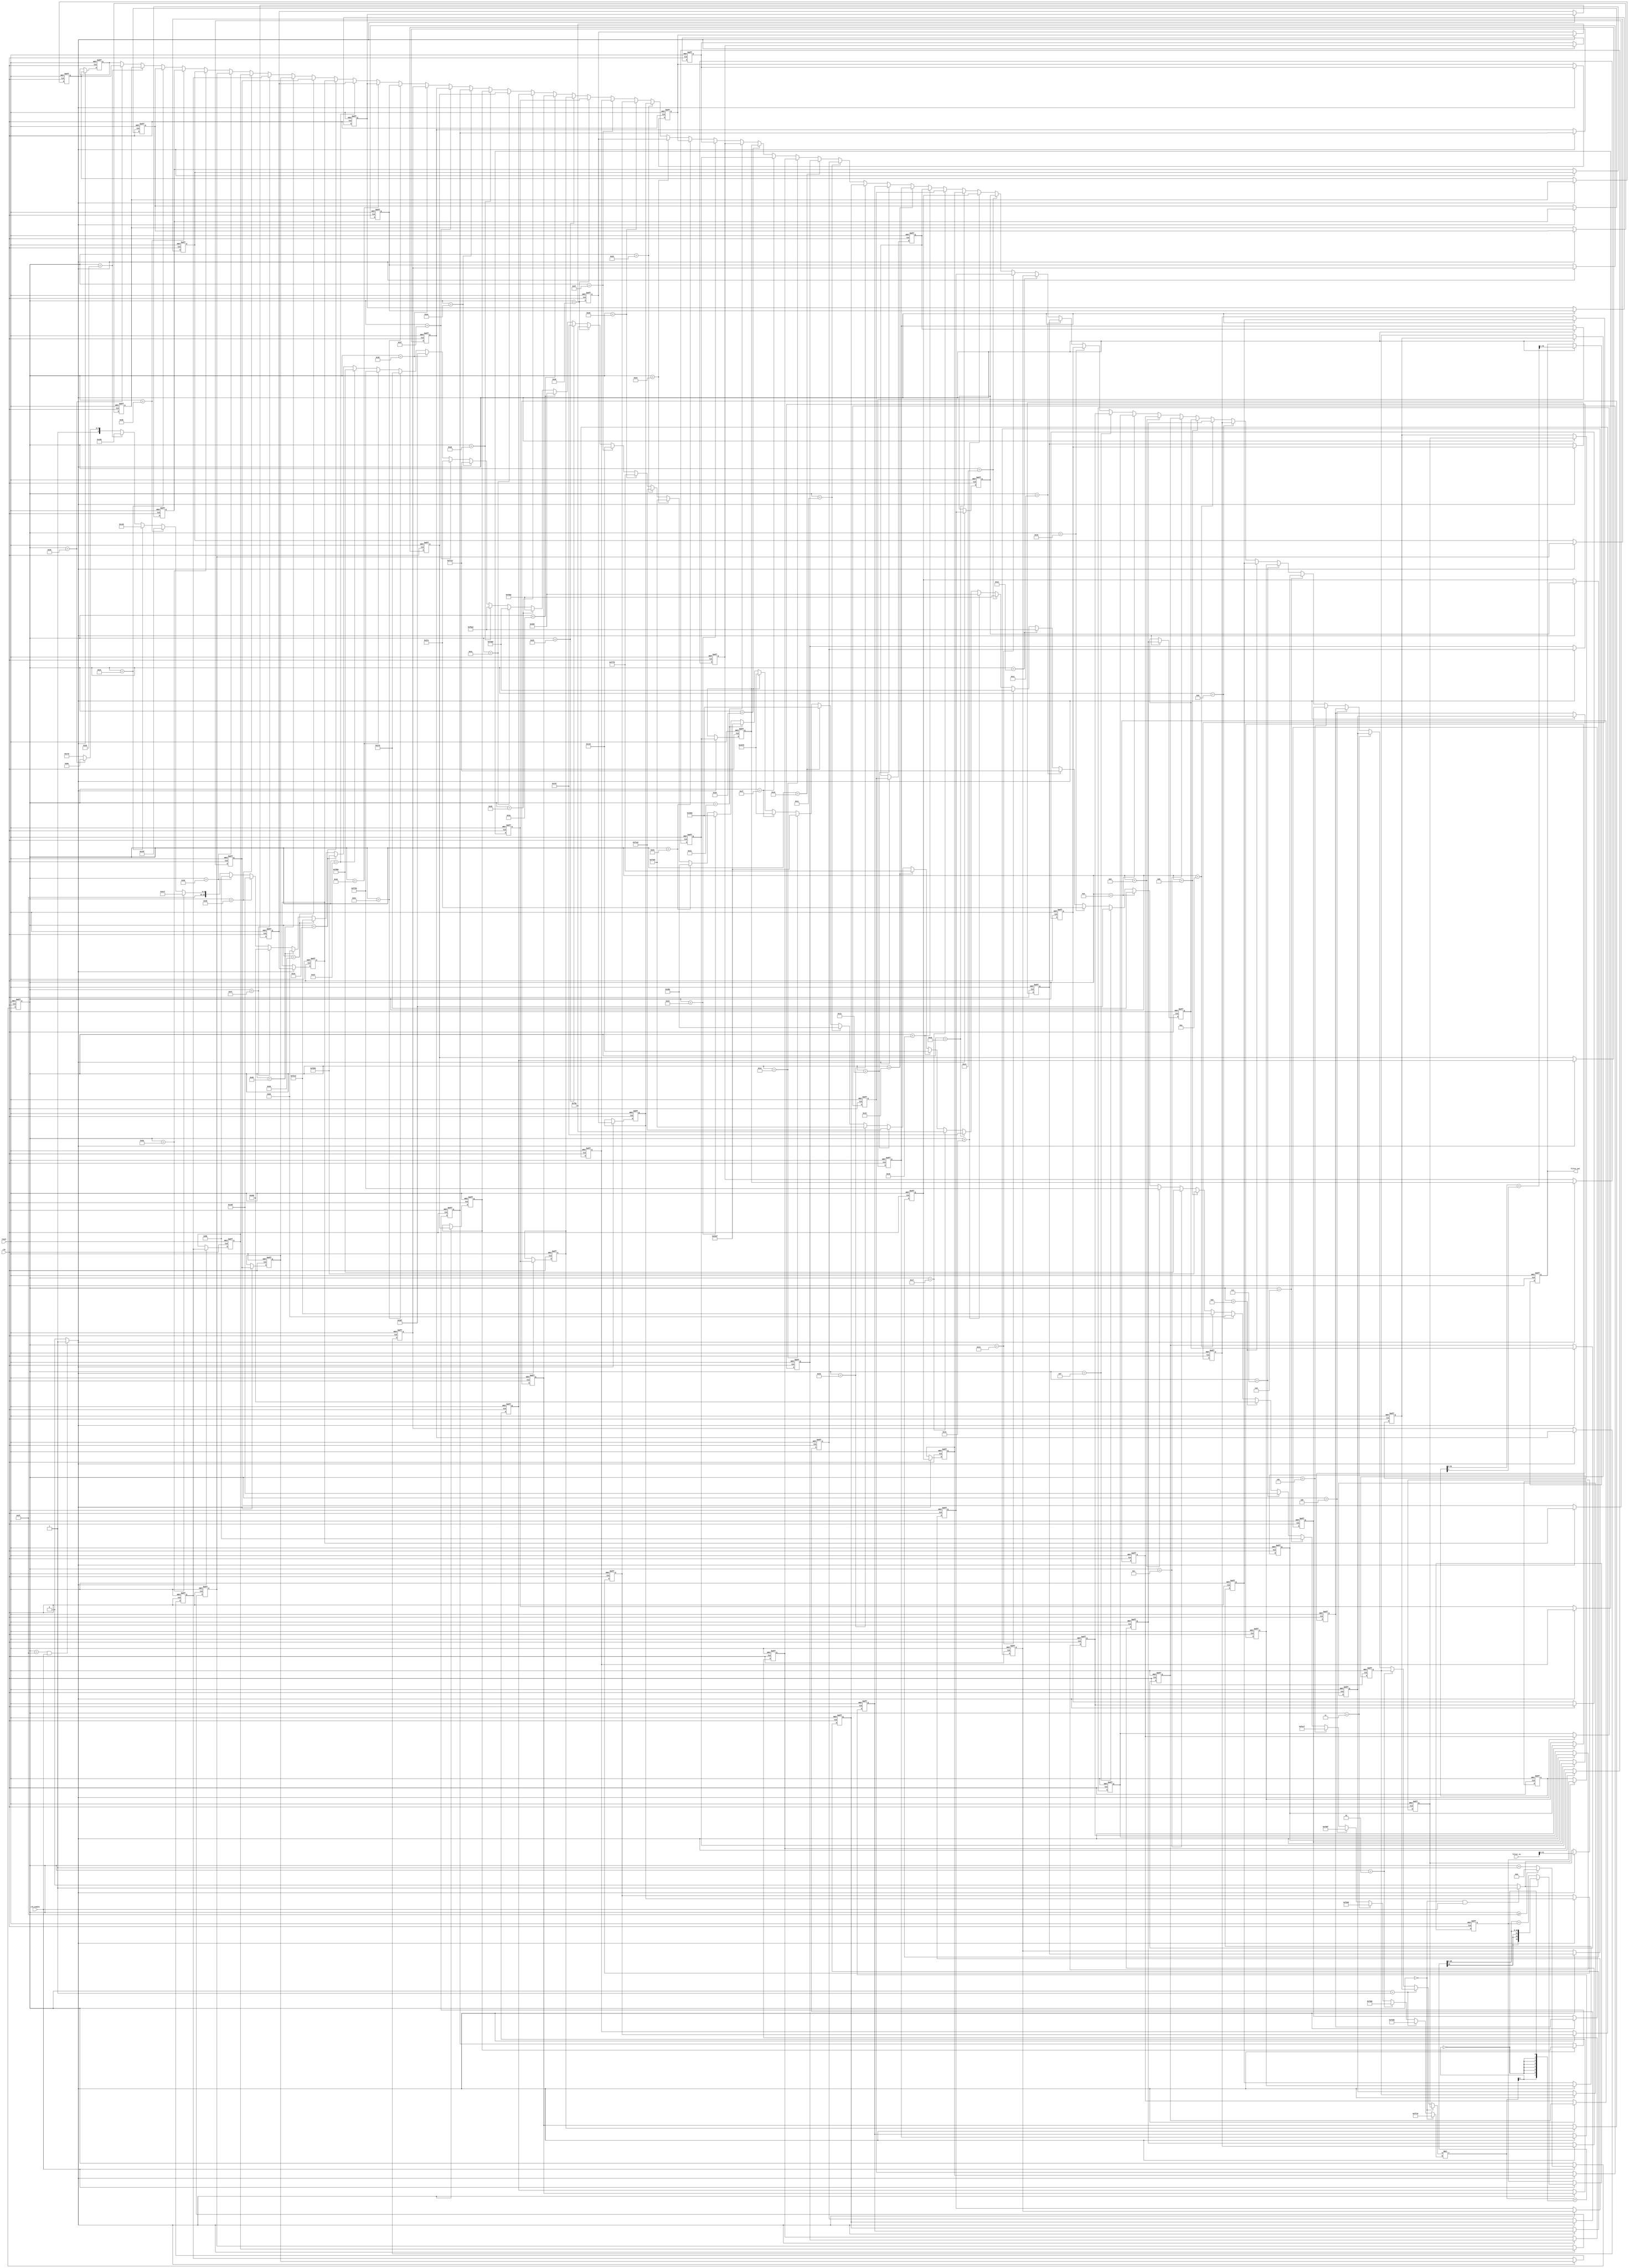
// -------------------------------------------------------------
//
// Module: filterS
// Generated by MATLAB(R) 9.9 and Filter Design HDL Coder 3.1.8.
// Generated on: 2022-11-29 16:16:36
// -------------------------------------------------------------

// -------------------------------------------------------------
// HDL Code Generation Options:
//
// TargetDirectory: C:\Classes\semester 7\FPGA\LAB\3\FPGA_LAB3\FIRGeneratedHDL
// Name: filterS
// SerialPartition: 64
// TargetLanguage: Verilog
// TestBenchStimulus: 
// ErrorMargin: 0

// -------------------------------------------------------------
// HDL Implementation    : Fully Serial
// Folding Factor        : 64
// -------------------------------------------------------------
// Filter Settings:
//
// Discrete-Time FIR Filter (real)
// -------------------------------
// Filter Structure  : Direct-Form FIR
// Filter Length     : 64
// Stable            : Yes
// Linear Phase      : Yes (Type 2)
// Arithmetic        : fixed
// Numerator         : s16,16 -> [-5.000000e-01 5.000000e-01)
// Input             : s24,23 -> [-1 1)
// Filter Internals  : Specify Precision
//   Output          : s32,30 -> [-2 2)
//   Product         : s31,31 -> [-5.000000e-01 5.000000e-01)
//   Accumulator     : s34,31 -> [-4 4)
//   Round Mode      : convergent
//   Overflow Mode   : wrap
// -------------------------------------------------------------




`timescale 1 ns / 1 ns

module filterS
               (
                clk,
                clk_enable,
                reset,
                filter_in,
                filter_out
                );

  input   clk; 
  input   clk_enable; 
  input   reset; 
  input   signed [31:0] filter_in; //sfix24_En23
  output  signed [31:0] filter_out; //sfix32_En30
  wire signed [23:0] filter_inn;
  assign filter_inn = filter_in[31:8];

////////////////////////////////////////////////////////////////
//Module Architecture: filterS
////////////////////////////////////////////////////////////////
  // Local Functions
  // Type Definitions
  // Constants
  localparam signed [15:0] coeff1 = 16'b1111111101111101; //sfix16_En16
  localparam signed [15:0] coeff2 = 16'b1111111010110101; //sfix16_En16
  localparam signed [15:0] coeff3 = 16'b1111110111011110; //sfix16_En16
  localparam signed [15:0] coeff4 = 16'b1111110101001101; //sfix16_En16
  localparam signed [15:0] coeff5 = 16'b1111110110011111; //sfix16_En16
  localparam signed [15:0] coeff6 = 16'b1111111011001111; //sfix16_En16
  localparam signed [15:0] coeff7 = 16'b0000000010001011; //sfix16_En16
  localparam signed [15:0] coeff8 = 16'b0000000111011001; //sfix16_En16
  localparam signed [15:0] coeff9 = 16'b0000001000000000; //sfix16_En16
  localparam signed [15:0] coeff10 = 16'b0000000010110101; //sfix16_En16
  localparam signed [15:0] coeff11 = 16'b1111111011000010; //sfix16_En16
  localparam signed [15:0] coeff12 = 16'b1111110101100011; //sfix16_En16
  localparam signed [15:0] coeff13 = 16'b1111110110111110; //sfix16_En16
  localparam signed [15:0] coeff14 = 16'b1111111111010011; //sfix16_En16
  localparam signed [15:0] coeff15 = 16'b0000001001110101; //sfix16_En16
  localparam signed [15:0] coeff16 = 16'b0000001110111111; //sfix16_En16
  localparam signed [15:0] coeff17 = 16'b0000001001111110; //sfix16_En16
  localparam signed [15:0] coeff18 = 16'b1111111100010011; //sfix16_En16
  localparam signed [15:0] coeff19 = 16'b1111101110100011; //sfix16_En16
  localparam signed [15:0] coeff20 = 16'b1111101010111101; //sfix16_En16
  localparam signed [15:0] coeff21 = 16'b1111110110101110; //sfix16_En16
  localparam signed [15:0] coeff22 = 16'b0000001100100000; //sfix16_En16
  localparam signed [15:0] coeff23 = 16'b0000011110010111; //sfix16_En16
  localparam signed [15:0] coeff24 = 16'b0000011101011010; //sfix16_En16
  localparam signed [15:0] coeff25 = 16'b0000000100110100; //sfix16_En16
  localparam signed [15:0] coeff26 = 16'b1111011111110000; //sfix16_En16
  localparam signed [15:0] coeff27 = 16'b1111000110100010; //sfix16_En16
  localparam signed [15:0] coeff28 = 16'b1111010010010011; //sfix16_En16
  localparam signed [15:0] coeff29 = 16'b0000001110000110; //sfix16_En16
  localparam signed [15:0] coeff30 = 16'b0001101101100010; //sfix16_En16
  localparam signed [15:0] coeff31 = 16'b0011001111101111; //sfix16_En16
  localparam signed [15:0] coeff32 = 16'b0100001101110101; //sfix16_En16
  localparam signed [15:0] coeff33 = 16'b0100001101110101; //sfix16_En16
  localparam signed [15:0] coeff34 = 16'b0011001111101111; //sfix16_En16
  localparam signed [15:0] coeff35 = 16'b0001101101100010; //sfix16_En16
  localparam signed [15:0] coeff36 = 16'b0000001110000110; //sfix16_En16
  localparam signed [15:0] coeff37 = 16'b1111010010010011; //sfix16_En16
  localparam signed [15:0] coeff38 = 16'b1111000110100010; //sfix16_En16
  localparam signed [15:0] coeff39 = 16'b1111011111110000; //sfix16_En16
  localparam signed [15:0] coeff40 = 16'b0000000100110100; //sfix16_En16
  localparam signed [15:0] coeff41 = 16'b0000011101011010; //sfix16_En16
  localparam signed [15:0] coeff42 = 16'b0000011110010111; //sfix16_En16
  localparam signed [15:0] coeff43 = 16'b0000001100100000; //sfix16_En16
  localparam signed [15:0] coeff44 = 16'b1111110110101110; //sfix16_En16
  localparam signed [15:0] coeff45 = 16'b1111101010111101; //sfix16_En16
  localparam signed [15:0] coeff46 = 16'b1111101110100011; //sfix16_En16
  localparam signed [15:0] coeff47 = 16'b1111111100010011; //sfix16_En16
  localparam signed [15:0] coeff48 = 16'b0000001001111110; //sfix16_En16
  localparam signed [15:0] coeff49 = 16'b0000001110111111; //sfix16_En16
  localparam signed [15:0] coeff50 = 16'b0000001001110101; //sfix16_En16
  localparam signed [15:0] coeff51 = 16'b1111111111010011; //sfix16_En16
  localparam signed [15:0] coeff52 = 16'b1111110110111110; //sfix16_En16
  localparam signed [15:0] coeff53 = 16'b1111110101100011; //sfix16_En16
  localparam signed [15:0] coeff54 = 16'b1111111011000010; //sfix16_En16
  localparam signed [15:0] coeff55 = 16'b0000000010110101; //sfix16_En16
  localparam signed [15:0] coeff56 = 16'b0000001000000000; //sfix16_En16
  localparam signed [15:0] coeff57 = 16'b0000000111011001; //sfix16_En16
  localparam signed [15:0] coeff58 = 16'b0000000010001011; //sfix16_En16
  localparam signed [15:0] coeff59 = 16'b1111111011001111; //sfix16_En16
  localparam signed [15:0] coeff60 = 16'b1111110110011111; //sfix16_En16
  localparam signed [15:0] coeff61 = 16'b1111110101001101; //sfix16_En16
  localparam signed [15:0] coeff62 = 16'b1111110111011110; //sfix16_En16
  localparam signed [15:0] coeff63 = 16'b1111111010110101; //sfix16_En16
  localparam signed [15:0] coeff64 = 16'b1111111101111101; //sfix16_En16

  // Signals
  reg  [5:0] cur_count; // ufix6
  wire phase_63; // boolean
  wire phase_0; // boolean
  reg  signed [23:0] delay_pipeline [0:63] ; // sfix24_En23
  wire signed [23:0] inputmux_1; // sfix24_En23
  reg  signed [33:0] acc_final; // sfix34_En31
  reg  signed [33:0] acc_out_1; // sfix34_En31
  wire signed [30:0] product_1; // sfix31_En31
  wire signed [15:0] product_1_mux; // sfix16_En16
  wire signed [39:0] mul_temp; // sfix40_En39
  wire signed [33:0] prod_typeconvert_1; // sfix34_En31
  wire signed [33:0] acc_sum_1; // sfix34_En31
  wire signed [33:0] acc_in_1; // sfix34_En31
  wire signed [33:0] add_signext; // sfix34_En31
  wire signed [33:0] add_signext_1; // sfix34_En31
  wire signed [34:0] add_temp; // sfix35_En31
  wire signed [31:0] output_typeconvert; // sfix32_En30
  reg  signed [31:0] output_register; // sfix32_En30

  // Block Statements
  always @ (posedge clk or posedge reset)
    begin: Counter_process
      if (reset == 1'b1) begin
        cur_count <= 6'b111111;
      end
      else begin
        if (clk_enable == 1'b1) begin
          if (cur_count >= 6'b111111) begin
            cur_count <= 6'b000000;
          end
          else begin
            cur_count <= cur_count + 6'b000001;
          end
        end
      end
    end // Counter_process

  assign  phase_63 = (cur_count == 6'b111111 && clk_enable == 1'b1) ? 1'b1 : 1'b0;

  assign  phase_0 = (cur_count == 6'b000000 && clk_enable == 1'b1) ? 1'b1 : 1'b0;

  always @( posedge clk or posedge reset)
    begin: Delay_Pipeline_process
      if (reset == 1'b1) begin
        delay_pipeline[0] <= 0;
        delay_pipeline[1] <= 0;
        delay_pipeline[2] <= 0;
        delay_pipeline[3] <= 0;
        delay_pipeline[4] <= 0;
        delay_pipeline[5] <= 0;
        delay_pipeline[6] <= 0;
        delay_pipeline[7] <= 0;
        delay_pipeline[8] <= 0;
        delay_pipeline[9] <= 0;
        delay_pipeline[10] <= 0;
        delay_pipeline[11] <= 0;
        delay_pipeline[12] <= 0;
        delay_pipeline[13] <= 0;
        delay_pipeline[14] <= 0;
        delay_pipeline[15] <= 0;
        delay_pipeline[16] <= 0;
        delay_pipeline[17] <= 0;
        delay_pipeline[18] <= 0;
        delay_pipeline[19] <= 0;
        delay_pipeline[20] <= 0;
        delay_pipeline[21] <= 0;
        delay_pipeline[22] <= 0;
        delay_pipeline[23] <= 0;
        delay_pipeline[24] <= 0;
        delay_pipeline[25] <= 0;
        delay_pipeline[26] <= 0;
        delay_pipeline[27] <= 0;
        delay_pipeline[28] <= 0;
        delay_pipeline[29] <= 0;
        delay_pipeline[30] <= 0;
        delay_pipeline[31] <= 0;
        delay_pipeline[32] <= 0;
        delay_pipeline[33] <= 0;
        delay_pipeline[34] <= 0;
        delay_pipeline[35] <= 0;
        delay_pipeline[36] <= 0;
        delay_pipeline[37] <= 0;
        delay_pipeline[38] <= 0;
        delay_pipeline[39] <= 0;
        delay_pipeline[40] <= 0;
        delay_pipeline[41] <= 0;
        delay_pipeline[42] <= 0;
        delay_pipeline[43] <= 0;
        delay_pipeline[44] <= 0;
        delay_pipeline[45] <= 0;
        delay_pipeline[46] <= 0;
        delay_pipeline[47] <= 0;
        delay_pipeline[48] <= 0;
        delay_pipeline[49] <= 0;
        delay_pipeline[50] <= 0;
        delay_pipeline[51] <= 0;
        delay_pipeline[52] <= 0;
        delay_pipeline[53] <= 0;
        delay_pipeline[54] <= 0;
        delay_pipeline[55] <= 0;
        delay_pipeline[56] <= 0;
        delay_pipeline[57] <= 0;
        delay_pipeline[58] <= 0;
        delay_pipeline[59] <= 0;
        delay_pipeline[60] <= 0;
        delay_pipeline[61] <= 0;
        delay_pipeline[62] <= 0;
        delay_pipeline[63] <= 0;
      end
      else begin
        if (phase_63 == 1'b1) begin
          delay_pipeline[0] <= filter_inn;
          delay_pipeline[1] <= delay_pipeline[0];
          delay_pipeline[2] <= delay_pipeline[1];
          delay_pipeline[3] <= delay_pipeline[2];
          delay_pipeline[4] <= delay_pipeline[3];
          delay_pipeline[5] <= delay_pipeline[4];
          delay_pipeline[6] <= delay_pipeline[5];
          delay_pipeline[7] <= delay_pipeline[6];
          delay_pipeline[8] <= delay_pipeline[7];
          delay_pipeline[9] <= delay_pipeline[8];
          delay_pipeline[10] <= delay_pipeline[9];
          delay_pipeline[11] <= delay_pipeline[10];
          delay_pipeline[12] <= delay_pipeline[11];
          delay_pipeline[13] <= delay_pipeline[12];
          delay_pipeline[14] <= delay_pipeline[13];
          delay_pipeline[15] <= delay_pipeline[14];
          delay_pipeline[16] <= delay_pipeline[15];
          delay_pipeline[17] <= delay_pipeline[16];
          delay_pipeline[18] <= delay_pipeline[17];
          delay_pipeline[19] <= delay_pipeline[18];
          delay_pipeline[20] <= delay_pipeline[19];
          delay_pipeline[21] <= delay_pipeline[20];
          delay_pipeline[22] <= delay_pipeline[21];
          delay_pipeline[23] <= delay_pipeline[22];
          delay_pipeline[24] <= delay_pipeline[23];
          delay_pipeline[25] <= delay_pipeline[24];
          delay_pipeline[26] <= delay_pipeline[25];
          delay_pipeline[27] <= delay_pipeline[26];
          delay_pipeline[28] <= delay_pipeline[27];
          delay_pipeline[29] <= delay_pipeline[28];
          delay_pipeline[30] <= delay_pipeline[29];
          delay_pipeline[31] <= delay_pipeline[30];
          delay_pipeline[32] <= delay_pipeline[31];
          delay_pipeline[33] <= delay_pipeline[32];
          delay_pipeline[34] <= delay_pipeline[33];
          delay_pipeline[35] <= delay_pipeline[34];
          delay_pipeline[36] <= delay_pipeline[35];
          delay_pipeline[37] <= delay_pipeline[36];
          delay_pipeline[38] <= delay_pipeline[37];
          delay_pipeline[39] <= delay_pipeline[38];
          delay_pipeline[40] <= delay_pipeline[39];
          delay_pipeline[41] <= delay_pipeline[40];
          delay_pipeline[42] <= delay_pipeline[41];
          delay_pipeline[43] <= delay_pipeline[42];
          delay_pipeline[44] <= delay_pipeline[43];
          delay_pipeline[45] <= delay_pipeline[44];
          delay_pipeline[46] <= delay_pipeline[45];
          delay_pipeline[47] <= delay_pipeline[46];
          delay_pipeline[48] <= delay_pipeline[47];
          delay_pipeline[49] <= delay_pipeline[48];
          delay_pipeline[50] <= delay_pipeline[49];
          delay_pipeline[51] <= delay_pipeline[50];
          delay_pipeline[52] <= delay_pipeline[51];
          delay_pipeline[53] <= delay_pipeline[52];
          delay_pipeline[54] <= delay_pipeline[53];
          delay_pipeline[55] <= delay_pipeline[54];
          delay_pipeline[56] <= delay_pipeline[55];
          delay_pipeline[57] <= delay_pipeline[56];
          delay_pipeline[58] <= delay_pipeline[57];
          delay_pipeline[59] <= delay_pipeline[58];
          delay_pipeline[60] <= delay_pipeline[59];
          delay_pipeline[61] <= delay_pipeline[60];
          delay_pipeline[62] <= delay_pipeline[61];
          delay_pipeline[63] <= delay_pipeline[62];
        end
      end
    end // Delay_Pipeline_process


  assign inputmux_1 = (cur_count == 6'b000000) ? delay_pipeline[0] :
                     (cur_count == 6'b000001) ? delay_pipeline[1] :
                     (cur_count == 6'b000010) ? delay_pipeline[2] :
                     (cur_count == 6'b000011) ? delay_pipeline[3] :
                     (cur_count == 6'b000100) ? delay_pipeline[4] :
                     (cur_count == 6'b000101) ? delay_pipeline[5] :
                     (cur_count == 6'b000110) ? delay_pipeline[6] :
                     (cur_count == 6'b000111) ? delay_pipeline[7] :
                     (cur_count == 6'b001000) ? delay_pipeline[8] :
                     (cur_count == 6'b001001) ? delay_pipeline[9] :
                     (cur_count == 6'b001010) ? delay_pipeline[10] :
                     (cur_count == 6'b001011) ? delay_pipeline[11] :
                     (cur_count == 6'b001100) ? delay_pipeline[12] :
                     (cur_count == 6'b001101) ? delay_pipeline[13] :
                     (cur_count == 6'b001110) ? delay_pipeline[14] :
                     (cur_count == 6'b001111) ? delay_pipeline[15] :
                     (cur_count == 6'b010000) ? delay_pipeline[16] :
                     (cur_count == 6'b010001) ? delay_pipeline[17] :
                     (cur_count == 6'b010010) ? delay_pipeline[18] :
                     (cur_count == 6'b010011) ? delay_pipeline[19] :
                     (cur_count == 6'b010100) ? delay_pipeline[20] :
                     (cur_count == 6'b010101) ? delay_pipeline[21] :
                     (cur_count == 6'b010110) ? delay_pipeline[22] :
                     (cur_count == 6'b010111) ? delay_pipeline[23] :
                     (cur_count == 6'b011000) ? delay_pipeline[24] :
                     (cur_count == 6'b011001) ? delay_pipeline[25] :
                     (cur_count == 6'b011010) ? delay_pipeline[26] :
                     (cur_count == 6'b011011) ? delay_pipeline[27] :
                     (cur_count == 6'b011100) ? delay_pipeline[28] :
                     (cur_count == 6'b011101) ? delay_pipeline[29] :
                     (cur_count == 6'b011110) ? delay_pipeline[30] :
                     (cur_count == 6'b011111) ? delay_pipeline[31] :
                     (cur_count == 6'b100000) ? delay_pipeline[32] :
                     (cur_count == 6'b100001) ? delay_pipeline[33] :
                     (cur_count == 6'b100010) ? delay_pipeline[34] :
                     (cur_count == 6'b100011) ? delay_pipeline[35] :
                     (cur_count == 6'b100100) ? delay_pipeline[36] :
                     (cur_count == 6'b100101) ? delay_pipeline[37] :
                     (cur_count == 6'b100110) ? delay_pipeline[38] :
                     (cur_count == 6'b100111) ? delay_pipeline[39] :
                     (cur_count == 6'b101000) ? delay_pipeline[40] :
                     (cur_count == 6'b101001) ? delay_pipeline[41] :
                     (cur_count == 6'b101010) ? delay_pipeline[42] :
                     (cur_count == 6'b101011) ? delay_pipeline[43] :
                     (cur_count == 6'b101100) ? delay_pipeline[44] :
                     (cur_count == 6'b101101) ? delay_pipeline[45] :
                     (cur_count == 6'b101110) ? delay_pipeline[46] :
                     (cur_count == 6'b101111) ? delay_pipeline[47] :
                     (cur_count == 6'b110000) ? delay_pipeline[48] :
                     (cur_count == 6'b110001) ? delay_pipeline[49] :
                     (cur_count == 6'b110010) ? delay_pipeline[50] :
                     (cur_count == 6'b110011) ? delay_pipeline[51] :
                     (cur_count == 6'b110100) ? delay_pipeline[52] :
                     (cur_count == 6'b110101) ? delay_pipeline[53] :
                     (cur_count == 6'b110110) ? delay_pipeline[54] :
                     (cur_count == 6'b110111) ? delay_pipeline[55] :
                     (cur_count == 6'b111000) ? delay_pipeline[56] :
                     (cur_count == 6'b111001) ? delay_pipeline[57] :
                     (cur_count == 6'b111010) ? delay_pipeline[58] :
                     (cur_count == 6'b111011) ? delay_pipeline[59] :
                     (cur_count == 6'b111100) ? delay_pipeline[60] :
                     (cur_count == 6'b111101) ? delay_pipeline[61] :
                     (cur_count == 6'b111110) ? delay_pipeline[62] :
                     delay_pipeline[63];

  //   ------------------ Serial partition # 1 ------------------

  assign product_1_mux = (cur_count == 6'b000000) ? coeff1 :
                        (cur_count == 6'b000001) ? coeff2 :
                        (cur_count == 6'b000010) ? coeff3 :
                        (cur_count == 6'b000011) ? coeff4 :
                        (cur_count == 6'b000100) ? coeff5 :
                        (cur_count == 6'b000101) ? coeff6 :
                        (cur_count == 6'b000110) ? coeff7 :
                        (cur_count == 6'b000111) ? coeff8 :
                        (cur_count == 6'b001000) ? coeff9 :
                        (cur_count == 6'b001001) ? coeff10 :
                        (cur_count == 6'b001010) ? coeff11 :
                        (cur_count == 6'b001011) ? coeff12 :
                        (cur_count == 6'b001100) ? coeff13 :
                        (cur_count == 6'b001101) ? coeff14 :
                        (cur_count == 6'b001110) ? coeff15 :
                        (cur_count == 6'b001111) ? coeff16 :
                        (cur_count == 6'b010000) ? coeff17 :
                        (cur_count == 6'b010001) ? coeff18 :
                        (cur_count == 6'b010010) ? coeff19 :
                        (cur_count == 6'b010011) ? coeff20 :
                        (cur_count == 6'b010100) ? coeff21 :
                        (cur_count == 6'b010101) ? coeff22 :
                        (cur_count == 6'b010110) ? coeff23 :
                        (cur_count == 6'b010111) ? coeff24 :
                        (cur_count == 6'b011000) ? coeff25 :
                        (cur_count == 6'b011001) ? coeff26 :
                        (cur_count == 6'b011010) ? coeff27 :
                        (cur_count == 6'b011011) ? coeff28 :
                        (cur_count == 6'b011100) ? coeff29 :
                        (cur_count == 6'b011101) ? coeff30 :
                        (cur_count == 6'b011110) ? coeff31 :
                        (cur_count == 6'b011111) ? coeff32 :
                        (cur_count == 6'b100000) ? coeff33 :
                        (cur_count == 6'b100001) ? coeff34 :
                        (cur_count == 6'b100010) ? coeff35 :
                        (cur_count == 6'b100011) ? coeff36 :
                        (cur_count == 6'b100100) ? coeff37 :
                        (cur_count == 6'b100101) ? coeff38 :
                        (cur_count == 6'b100110) ? coeff39 :
                        (cur_count == 6'b100111) ? coeff40 :
                        (cur_count == 6'b101000) ? coeff41 :
                        (cur_count == 6'b101001) ? coeff42 :
                        (cur_count == 6'b101010) ? coeff43 :
                        (cur_count == 6'b101011) ? coeff44 :
                        (cur_count == 6'b101100) ? coeff45 :
                        (cur_count == 6'b101101) ? coeff46 :
                        (cur_count == 6'b101110) ? coeff47 :
                        (cur_count == 6'b101111) ? coeff48 :
                        (cur_count == 6'b110000) ? coeff49 :
                        (cur_count == 6'b110001) ? coeff50 :
                        (cur_count == 6'b110010) ? coeff51 :
                        (cur_count == 6'b110011) ? coeff52 :
                        (cur_count == 6'b110100) ? coeff53 :
                        (cur_count == 6'b110101) ? coeff54 :
                        (cur_count == 6'b110110) ? coeff55 :
                        (cur_count == 6'b110111) ? coeff56 :
                        (cur_count == 6'b111000) ? coeff57 :
                        (cur_count == 6'b111001) ? coeff58 :
                        (cur_count == 6'b111010) ? coeff59 :
                        (cur_count == 6'b111011) ? coeff60 :
                        (cur_count == 6'b111100) ? coeff61 :
                        (cur_count == 6'b111101) ? coeff62 :
                        (cur_count == 6'b111110) ? coeff63 :
                        coeff64;
  assign mul_temp = inputmux_1 * product_1_mux;
  assign product_1 = (mul_temp[38:0] + {mul_temp[8], {7{~mul_temp[8]}}})>>>8;

  assign prod_typeconvert_1 = $signed({{3{product_1[30]}}, product_1});

  assign add_signext = prod_typeconvert_1;
  assign add_signext_1 = acc_out_1;
  assign add_temp = add_signext + add_signext_1;
  assign acc_sum_1 = add_temp[33:0];

  assign acc_in_1 = (phase_0 == 1'b1) ? prod_typeconvert_1 :
                   acc_sum_1;

  always @ (posedge clk or posedge reset)
    begin: Acc_reg_1_process
      if (reset == 1'b1) begin
        acc_out_1 <= 0;
      end
      else begin
        if (clk_enable == 1'b1) begin
          acc_out_1 <= acc_in_1;
        end
      end
    end // Acc_reg_1_process

  always @ (posedge clk or posedge reset)
    begin: Finalsum_reg_process
      if (reset == 1'b1) begin
        acc_final <= 0;
      end
      else begin
        if (phase_0 == 1'b1) begin
          acc_final <= acc_out_1;
        end
      end
    end // Finalsum_reg_process

  assign output_typeconvert = (acc_final[32:0] + acc_final[1])>>>1;

  always @ (posedge clk or posedge reset)
    begin: Output_Register_process
      if (reset == 1'b1) begin
        output_register <= 0;
      end
      else begin
        if (phase_63 == 1'b1) begin
          output_register <= output_typeconvert;
        end
      end
    end // Output_Register_process

  // Assignment Statements
  assign filter_out = output_register;
endmodule  // filterS